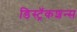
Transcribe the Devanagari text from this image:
डिस्ट्रॅकशन्स